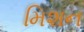
મિશન